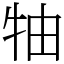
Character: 牰